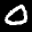
Label: 0